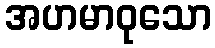
အဟမာဝုသော